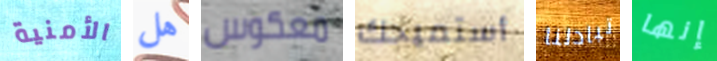
الأمنية هل معكوس أستميحك تبادلنا إنها